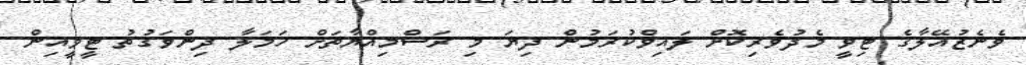
ވެނެޒުއޭލާގެ ޓިވީ މެދުވެރިކޮށް ލައިވްކުރަމުން ދިޔަ މި ރަސްމިއްޔާތަށް ހަމަލާ ދިންވަގުތު ޓީވީއިން